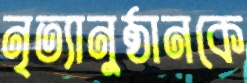
নৃত্যানুষ্ঠানকে